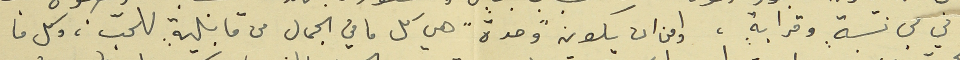
في لب نسبةٍ وقرابةٍ، او من ان يكون "وحدة" هي كل ما في الجمال من قابليةٍ للحبّ، وكل ما